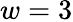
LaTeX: w=3